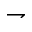
\rightharpoondown